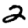
Digit: 2